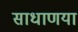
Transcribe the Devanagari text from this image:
साधाणया